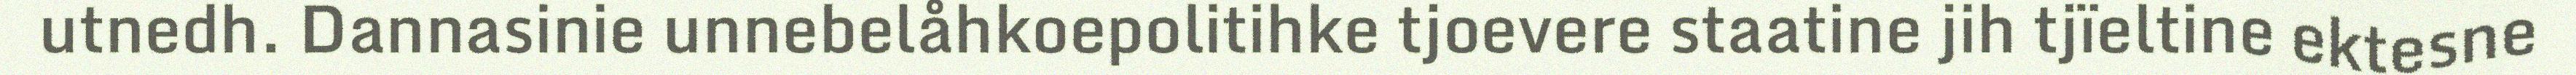
utnedh. Dannasinie unnebelåhkoepolitihke tjoevere staatine jih tjïeltine ektesne